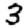
Digit: 3